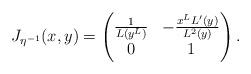
LaTeX: \begin{align*}J_{\eta^{-1}}(x,y) = \begin{pmatrix}\frac{1}{L(y^L)} & -\frac{x^L L'(y)}{L^2(y)}\\0 & 1\end{pmatrix}.\end{align*}